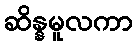
ဆိန္နမူလကာ